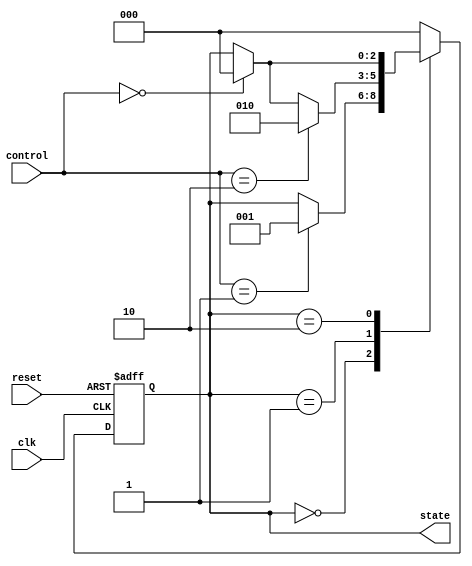
module PreConfiguredStateInitialization #(
    parameter STATE_WIDTH = 3,            // Width of the state
    parameter STATE_0 = 3'b000,           // Predefined initial state
    parameter STATE_1 = 3'b001,           // Example state 1
    parameter STATE_2 = 3'b010            // Example state 2
)(
    input wire clk,                       // Clock signal
    input wire reset,                     // Active-high reset signal
    input wire [1:0] control,             // Control signals for state transitions
    output reg [STATE_WIDTH-1:0] state    // Current state output
);

    // State encoding
    localparam IDLE = STATE_0;
    localparam STATE_A = STATE_1;
    localparam STATE_B = STATE_2;

    // State transition logic
    always @(posedge clk or posedge reset) begin
        if (reset) begin
            // Initialize state to STATE_0 on reset
            state <= IDLE;
        end else begin
            // State transition logic based on control signals
            case (state)
                IDLE: begin
                    if (control == 2'b01) begin
                        state <= STATE_A; // Transition to STATE_A
                    end
                end
                STATE_A: begin
                    if (control == 2'b10) begin
                        state <= STATE_B; // Transition to STATE_B
                    end else if (control == 2'b00) begin
                        state <= IDLE;    // Transition back to IDLE
                    end
                end
                STATE_B: begin
                    if (control == 2'b00) begin
                        state <= IDLE;    // Transition back to IDLE
                    end
                end
                default: begin
                    state <= IDLE; // Default to IDLE state
                end
            endcase
        end
    end

endmodule